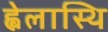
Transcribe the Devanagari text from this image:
ह्वेलास्थि